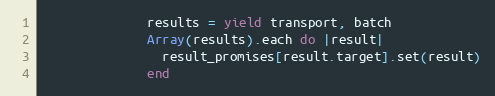
Language: Ruby
              results = yield transport, batch
              Array(results).each do |result|
                result_promises[result.target].set(result)
              end